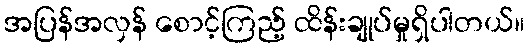
အပြန်အလှန် စောင့်ကြည့် ထိန်းချုပ်မှုရှိပါတယ်။